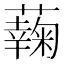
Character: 䕮